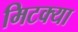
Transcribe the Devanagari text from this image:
मिटक्या